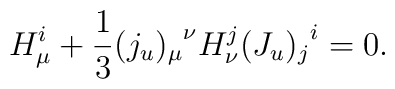
H_\mu^i+{1\over 3}{(j_u)_\mu}^\nu H_\nu^j {(J_u)_j}^i=0.